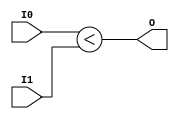
module coreir_ult4_wrapped (
    input [3:0] I0,
    input [3:0] I1,
    output O
);
assign O = I0 < I1;
endmodule